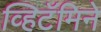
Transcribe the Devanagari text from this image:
व्हिटॅमिने